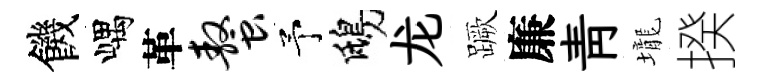
饑嵎革螯予鴟龙蹶廉青壠揆